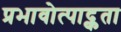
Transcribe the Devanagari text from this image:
प्रभावोत्पाद्कता